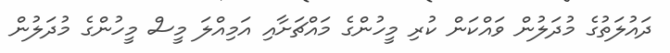
ދައުލަތުގެ މުދަލުން ވައްކަން ކުރި މީހުންގެ މައްޗަށާއި އަމިއްލަ މީސް މީހުންގެ މުދަލުން